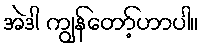
အဲဒါ ကျွန်တော့်ဟာပါ။